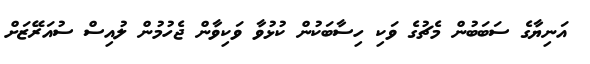
އަނިޔާގެ ސަބަބުން މެޗުގެ ވަކި ހިސާބަކުން ކުޅުވާ ވަކިވާން ޖެހުމުން ލުއިސް ސުއަރޭޒަށް